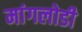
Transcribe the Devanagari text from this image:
मांगलोडी